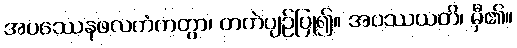
အပဿေနဖလကံကတွာ၊ တကဲပျဉ်ပြု၍။ အပဿယတိ၊ မှီ၏။